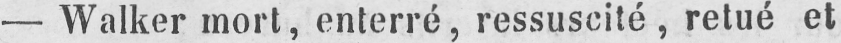
- Walker mort, enterré, ressuscité, retué et